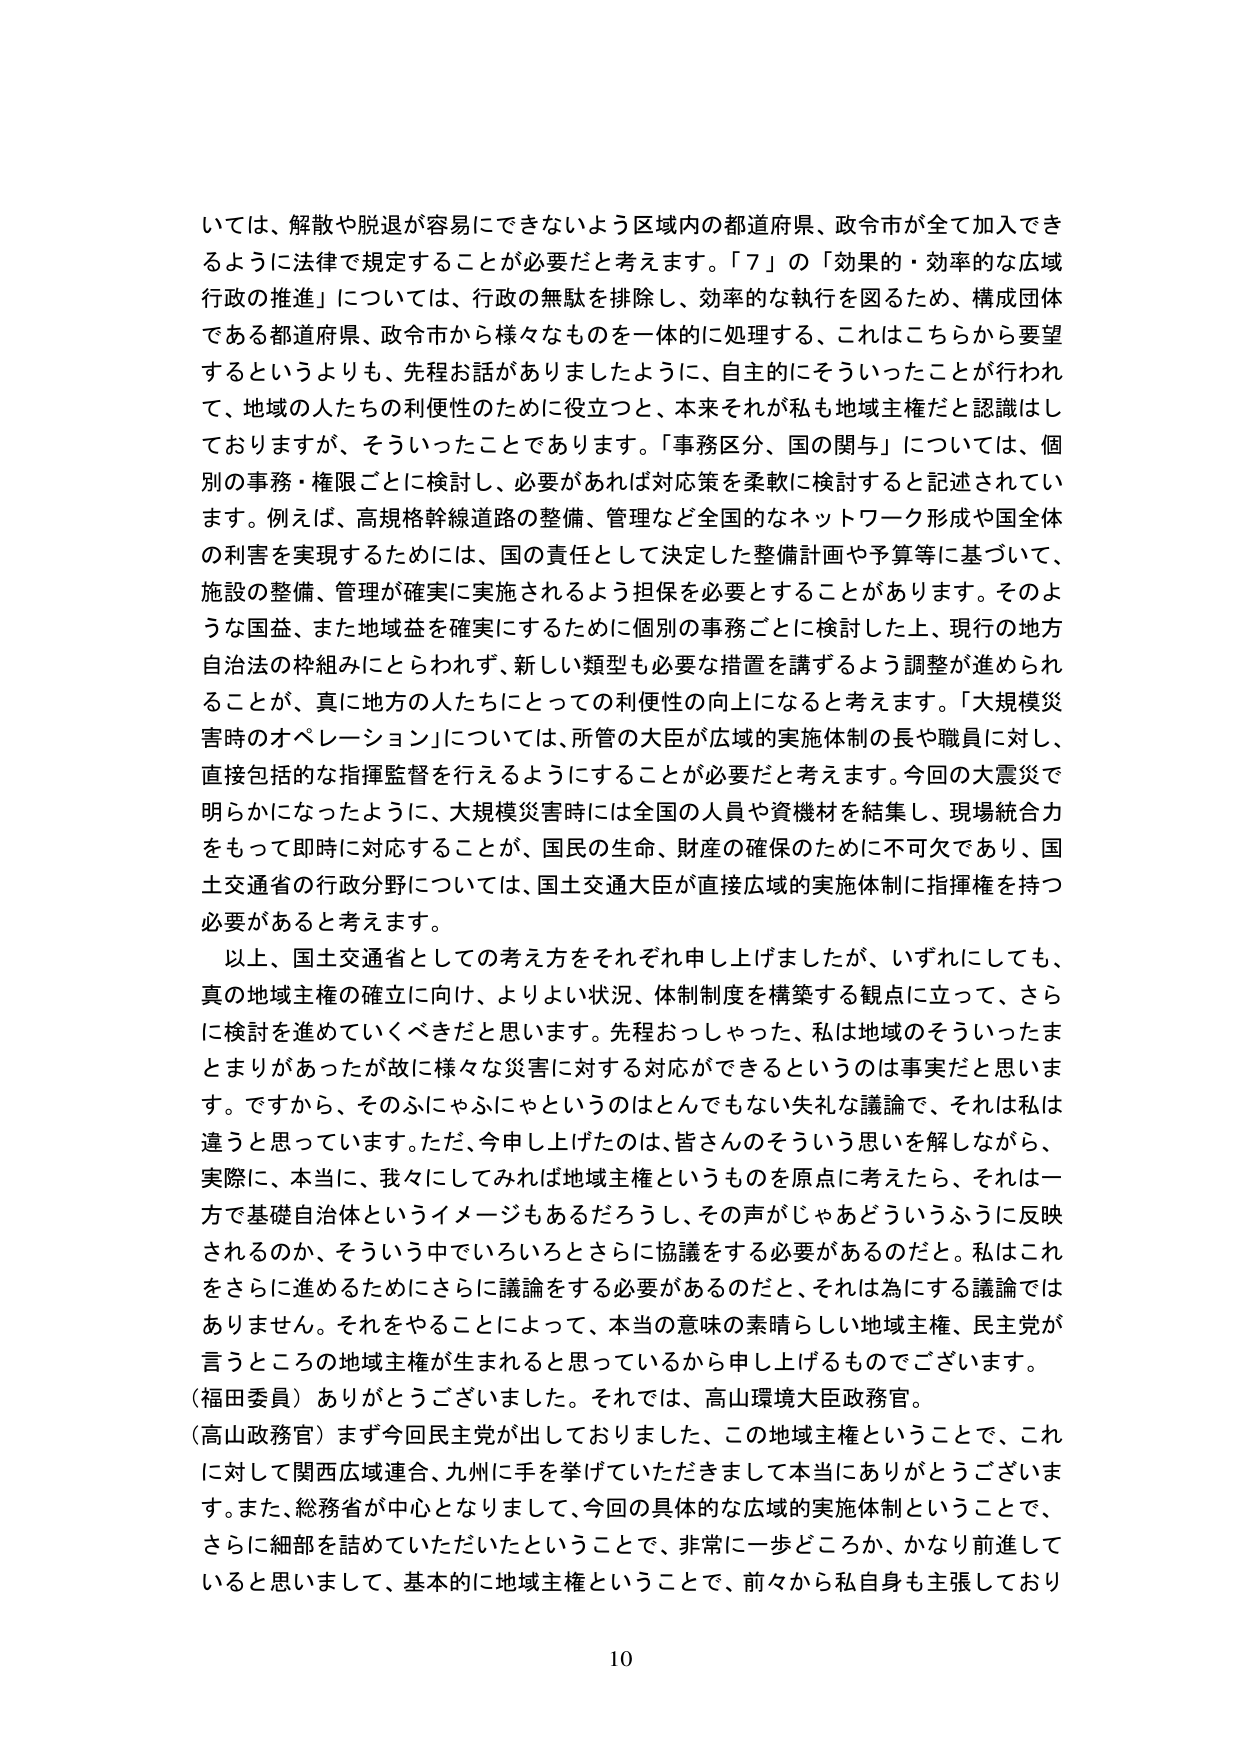
いては、解散や脱退が容易にできないよう区域内の都道府県、政令市が全て加入できるように法律で規定することが必要だと考えます。「７」の「効果的・効率的な広域行政の推進」については、行政の無駄を排除し、効率的な執行を図るため、構成団体である都道府県、政令市から様々なものを一体的に処理する、これはこちらから要望するというよりも、先程お話がありましたように、自主的にそういったことが行われて、地域の人たちの利便性のために役立つと、本来それが私も地域主権だと認識はしておりますが、そういったことであります。「事務区分、国の関与」については、個別の事務・権限ごとに検討し、必要があれば対応策を柔軟に検討すると記述されています。例えば、高規格幹線道路の整備、管理など全国的なネットワーク形成や国全体の利害を実現するためには、国の責任として決定した整備計画や予算等に基づいて、施設の整備、管理が確実に実施されるよう担保を必要とすることがあります。そのような国益、また地域益を確実にするために個別の事務ごとに検討した上、現行の地方自治法の枠組みにとらわれず、新しい類型も必要な措置を講ずるよう調整が進められていることが、真に地方の人たちにとっての利便性の向上になると考えます。「大規模災害時のオペレーション」については、所管の大臣が広域の実施体制の長や職員に対し、直接包括的な指揮監督を行えるようにすることが必要だと考えます。今回の大震災で明らかになったように、大規模災害時には全国の人員や資機材を結集し、現場統合力をもって即時に対応することが、国民の生命、財産の確保のために不可欠であり、国土交通省の行政分野については、国土交通大臣が直接広域の実施体制に指揮権を持つ必要があると考えます。

以上、国土交通省としての考え方をそれぞれ申し上げましたが、いずれにしても、真の地域主権の確立に向け、よりよい状況、体制制度を構築する観点に立って、さらに検討を進めていくべきだと思います。先程おっしゃった、私は地域のそういったまとまりがあったが故に様々な災害に対する対応ができるというのは事実だと思います。ですから、そのふにゃふにゃというのはとんでもない失礼な議論で、それは私は違うと思っています。ただ、今申し上げたのは、皆さんのそういう思いを解しながら、実際に、本当に、我々にしてみれば地域主権というものを原点に考えたら、それは一方で基礎自治体というイメージもあるだろうし、その声がじゃあどういうふうに反映されるのか、そういう中でいろいろとさらに協議をする必要があるのだと。私はこれをさらに進めるためにさらに議論をする必要があるのだと、それは為にする議論ではありません。それをやることによって、本当の意味の素晴らしい地域主権、民主党が言うところの地域主権が生まれると思っているから申し上げるものでございます。

（福田委員）ありがとうございました。それでは、高山環境大臣政務官。

（高山政務官）まず今回民主党が出しておりました、この地域主権ということで、これに対して関西広域連合、九州に手を挙げていただきまして本当にありがとうございます。また、総務省が中心となりまして、今回の具体的な広域の実施体制ということで、さらに細部を詰めていただいたということで、非常に一歩どころか、かなり前進していると思いまして、基本的に地域主権ということで、前々から私自身も主張しており

10